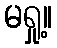
မရှု့။